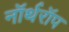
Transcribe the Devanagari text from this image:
नॉर्थरॉप